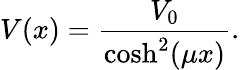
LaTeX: V(x)=\frac{V_{0}}{\cosh^{2}(\mu x)}.